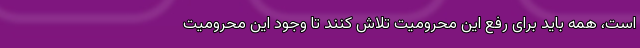
است، همه باید برای رفع این محرومیت تلاش کنند تا وجود این محرومیت